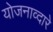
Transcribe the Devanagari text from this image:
योजनाव्दारे